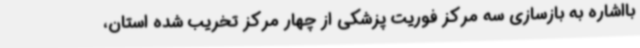
بااشاره به بازسازی سه مرکز فوریت پزشکی از چهار مرکز تخریب شده استان،